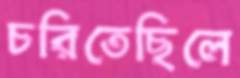
চরিতেছিলে